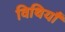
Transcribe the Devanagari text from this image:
विथियाँ